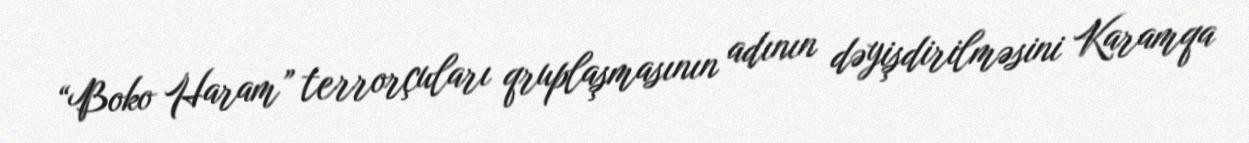
“Boko Haram” terrorçuları qruplaşmasının adının dəyişdirilməsini Karamqa